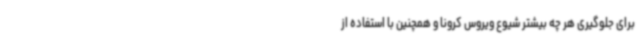
برای جلوگیری هر چه بیشتر شیوع ویروس کرونا و همچنین با استفاده از